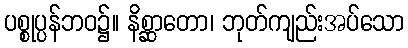
ပစ္စုပ္ပန်ဘဝ၌။ နိစ္ဆာတော၊ ဘုတ်ကျည်းအပ်သော